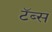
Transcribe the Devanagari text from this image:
टॅब्स